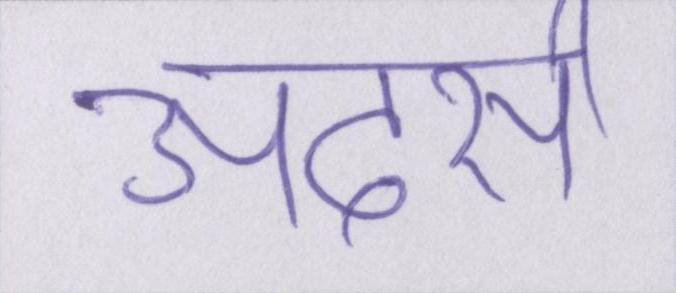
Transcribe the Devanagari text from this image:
अदर्स